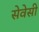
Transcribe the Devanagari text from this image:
सेवेसी